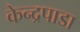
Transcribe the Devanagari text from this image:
केन्द्रपाडा